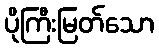
ပိုကြီးမြတ်သော